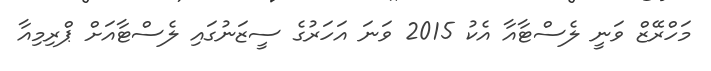
މަހްރޭޒް ވަނީ ލެސްޓާއާ އެކު 2015 ވަނަ އަހަރުގެ ސީޒަނުގައި ލެސްޓާއަށް ޕްރިމިއާ